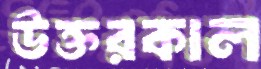
উক্তরকাল